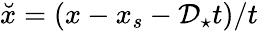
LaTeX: \breve{x}=(x-x_{s}-\mathcal{D}_{\star}t)/t